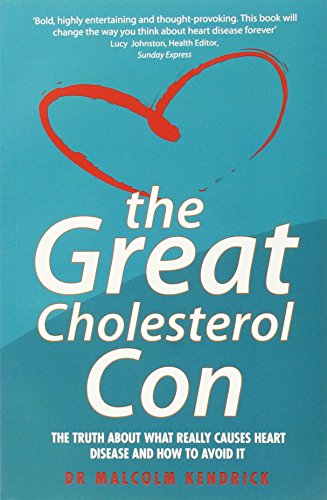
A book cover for The Great Cholesterol Con: The Truth About What Really Causes Heart Disease and How to Avoid It; Malcolm Kendrick; Health, Fitness & Dieting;